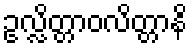
ဥလ္လိတ္တာဝလိတ္တာနိ